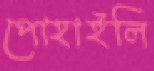
পোহাইলি